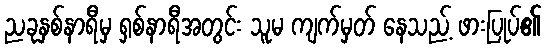
ညခုနှစ်နာရီမှ ရှစ်နာရီအတွင်း သူမ ကျက်မှတ် နေသည့် ဖားပြုပ်၏